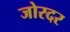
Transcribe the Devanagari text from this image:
जोरदर